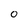
Character: O